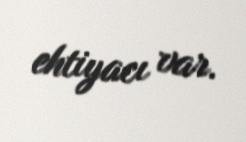
ehtiyacı var.